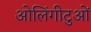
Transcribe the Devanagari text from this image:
ओलिंगीटुओं